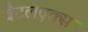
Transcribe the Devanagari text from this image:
बैटलएक्स